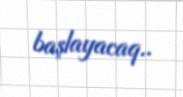
başlayacaq..